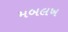
મબલખ